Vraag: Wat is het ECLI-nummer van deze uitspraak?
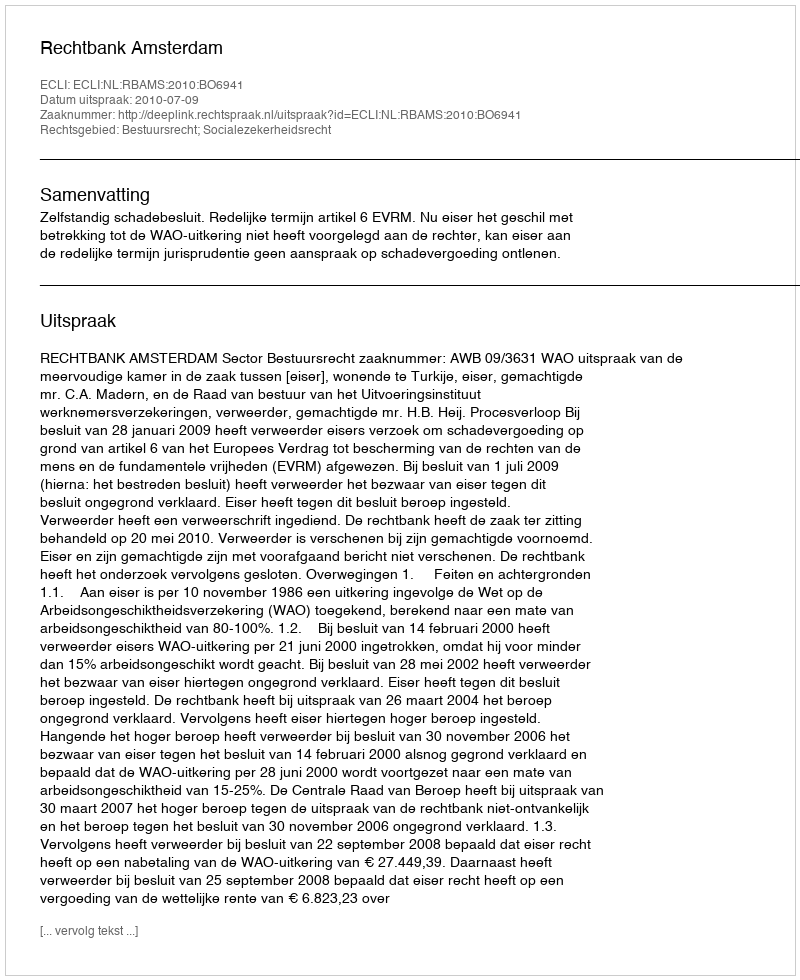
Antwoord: ECLI:NL:RBAMS:2010:BO6941